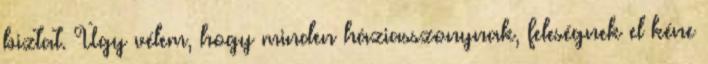
biztat. Úgy vélem, hogy minden háziasszonynak, feleségnek el kéne